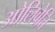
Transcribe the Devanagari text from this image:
ओलिवेत्ति